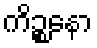
ကိဉ္စနော